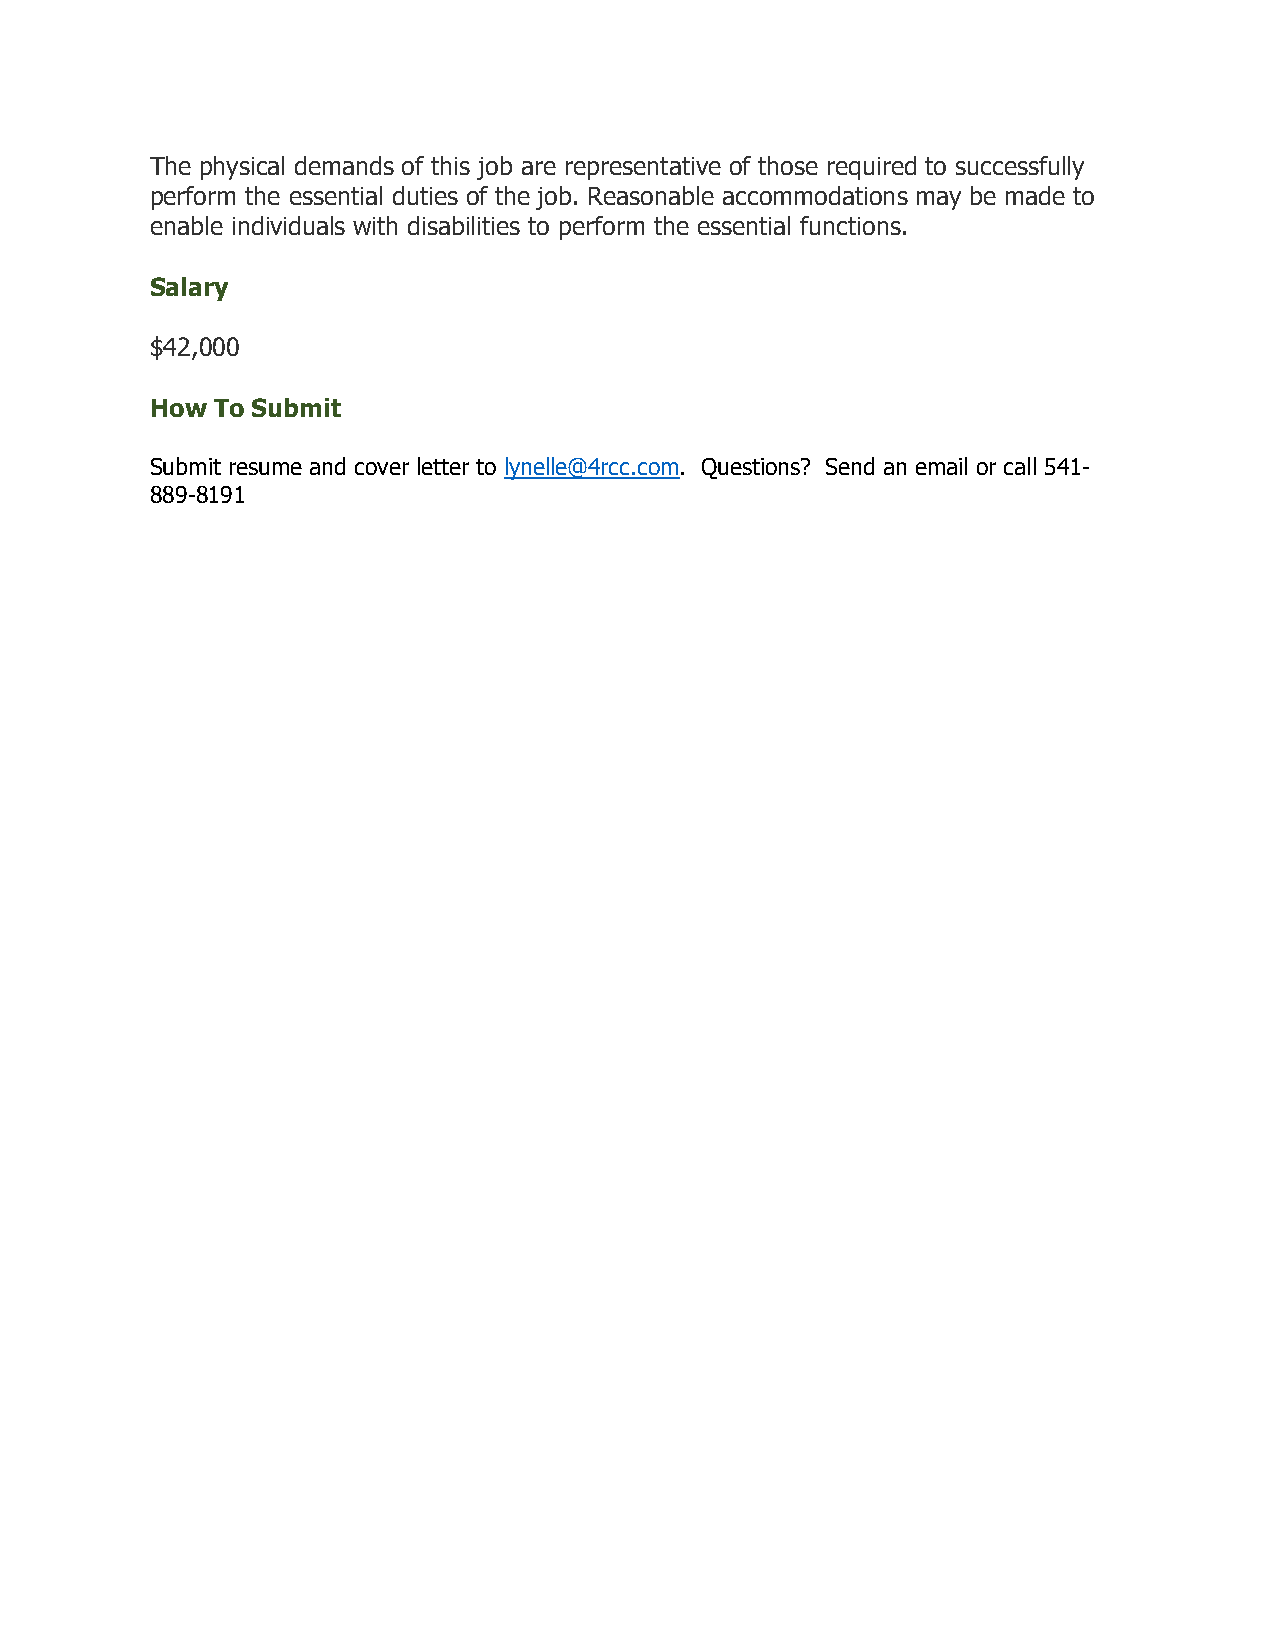
The physical demands of this job are representative of those required to successfully
 perform the essential duties of the job. Reasonable accommodations may be made to
 enable individuals with disabilities to perform the essential functions.
 Salary
 $42,000
 How To Submit
 Submit resume and cover letter to lynelle@4rcc.com. Questions? Send an email or call 541-
 889-8191